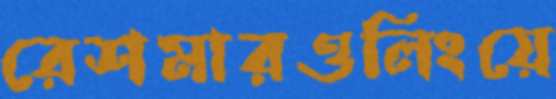
রেশমারওলিংয়ে